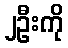
၂ဦးကို